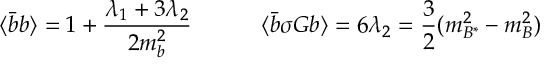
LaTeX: \langle \bar { b } b \rangle = 1 + \frac { { \lambda _ { 1 } } + 3 { \lambda _ { 2 } } } { 2 m _ { b } ^ { 2 } } \qquad \quad \langle \bar { b } \sigma G b \rangle = 6 { \lambda _ { 2 } } = \frac { 3 } { 2 } ( m _ { B ^ { * } } ^ { 2 } - m _ { B } ^ { 2 } )